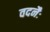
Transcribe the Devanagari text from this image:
वदनैः